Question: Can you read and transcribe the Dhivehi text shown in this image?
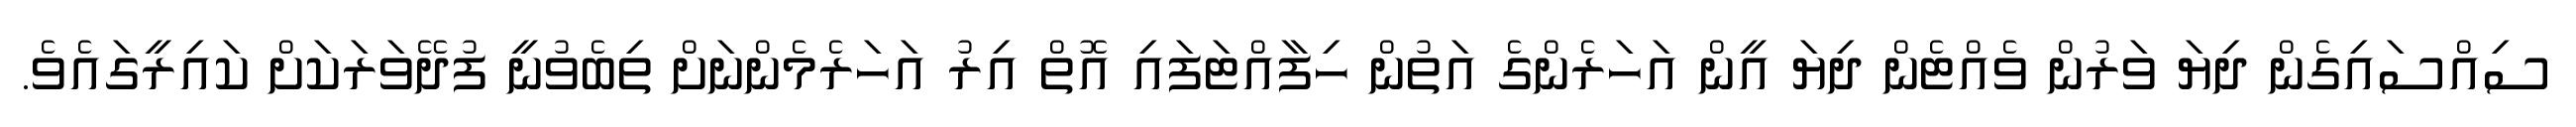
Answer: ސިއްސައިގެން ދިޔަ ވަރުން ވެއްޓެން ދިޔަ އީން އަހަރެންގެ އަތުން ހިފާއްޓަފައި އޮތް އިރު އަހަރެމެންނަށް ތިބެވުނީ ފުދޭވަރަކަށް ކައިރީގައެވެ.